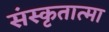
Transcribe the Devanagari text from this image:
संस्कृतात्मा